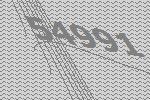
54991